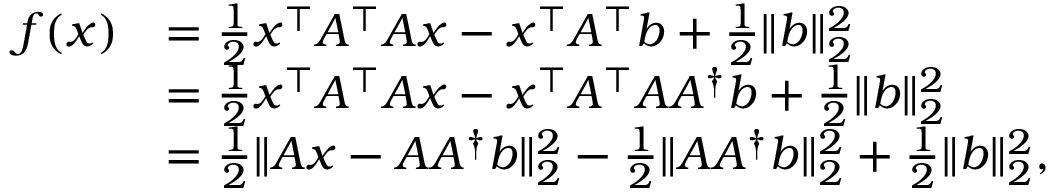
\begin{array} { r l } { f ( x ) } & { = \frac { 1 } { 2 } x ^ { \top } A ^ { \top } A x - x ^ { \top } A ^ { \top } b + \frac { 1 } { 2 } \| b \| _ { 2 } ^ { 2 } } \\ & { = \frac { 1 } { 2 } x ^ { \top } A ^ { \top } A x - x ^ { \top } A ^ { \top } A A ^ { \dagger } b + \frac { 1 } { 2 } \| b \| _ { 2 } ^ { 2 } } \\ & { = \frac { 1 } { 2 } \| A x - A A ^ { \dagger } b \| _ { 2 } ^ { 2 } - \frac { 1 } { 2 } \| A A ^ { \dagger } b \| _ { 2 } ^ { 2 } + \frac { 1 } { 2 } \| b \| _ { 2 } ^ { 2 } , } \end{array}